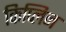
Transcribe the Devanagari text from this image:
किप्लिन